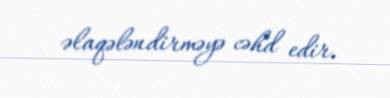
əlaqələndirməyə cəhd edir.